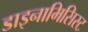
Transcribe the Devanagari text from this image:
डाइनामिसिस्ट